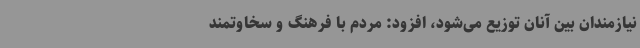
نیازمندان بین آنان توزیع می‌شود، افزود: مردم با فرهنگ و سخاوتمند